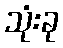
သုံးခု